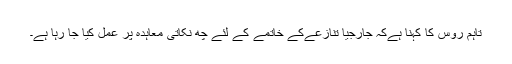
تاہم روس کا کہنا ہےکہ جارجیا تنازعےکے خاتمے کے لئے چھ نکاتی معاہدہ پر عمل کیا جا رہا ہے۔